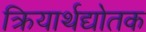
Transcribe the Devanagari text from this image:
क्रियार्थद्योतक